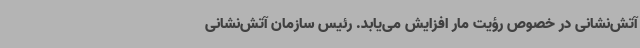
آتش‌نشانی در خصوص رؤیت مار افزایش می‌یابد. رئیس سازمان آتش‌نشانی